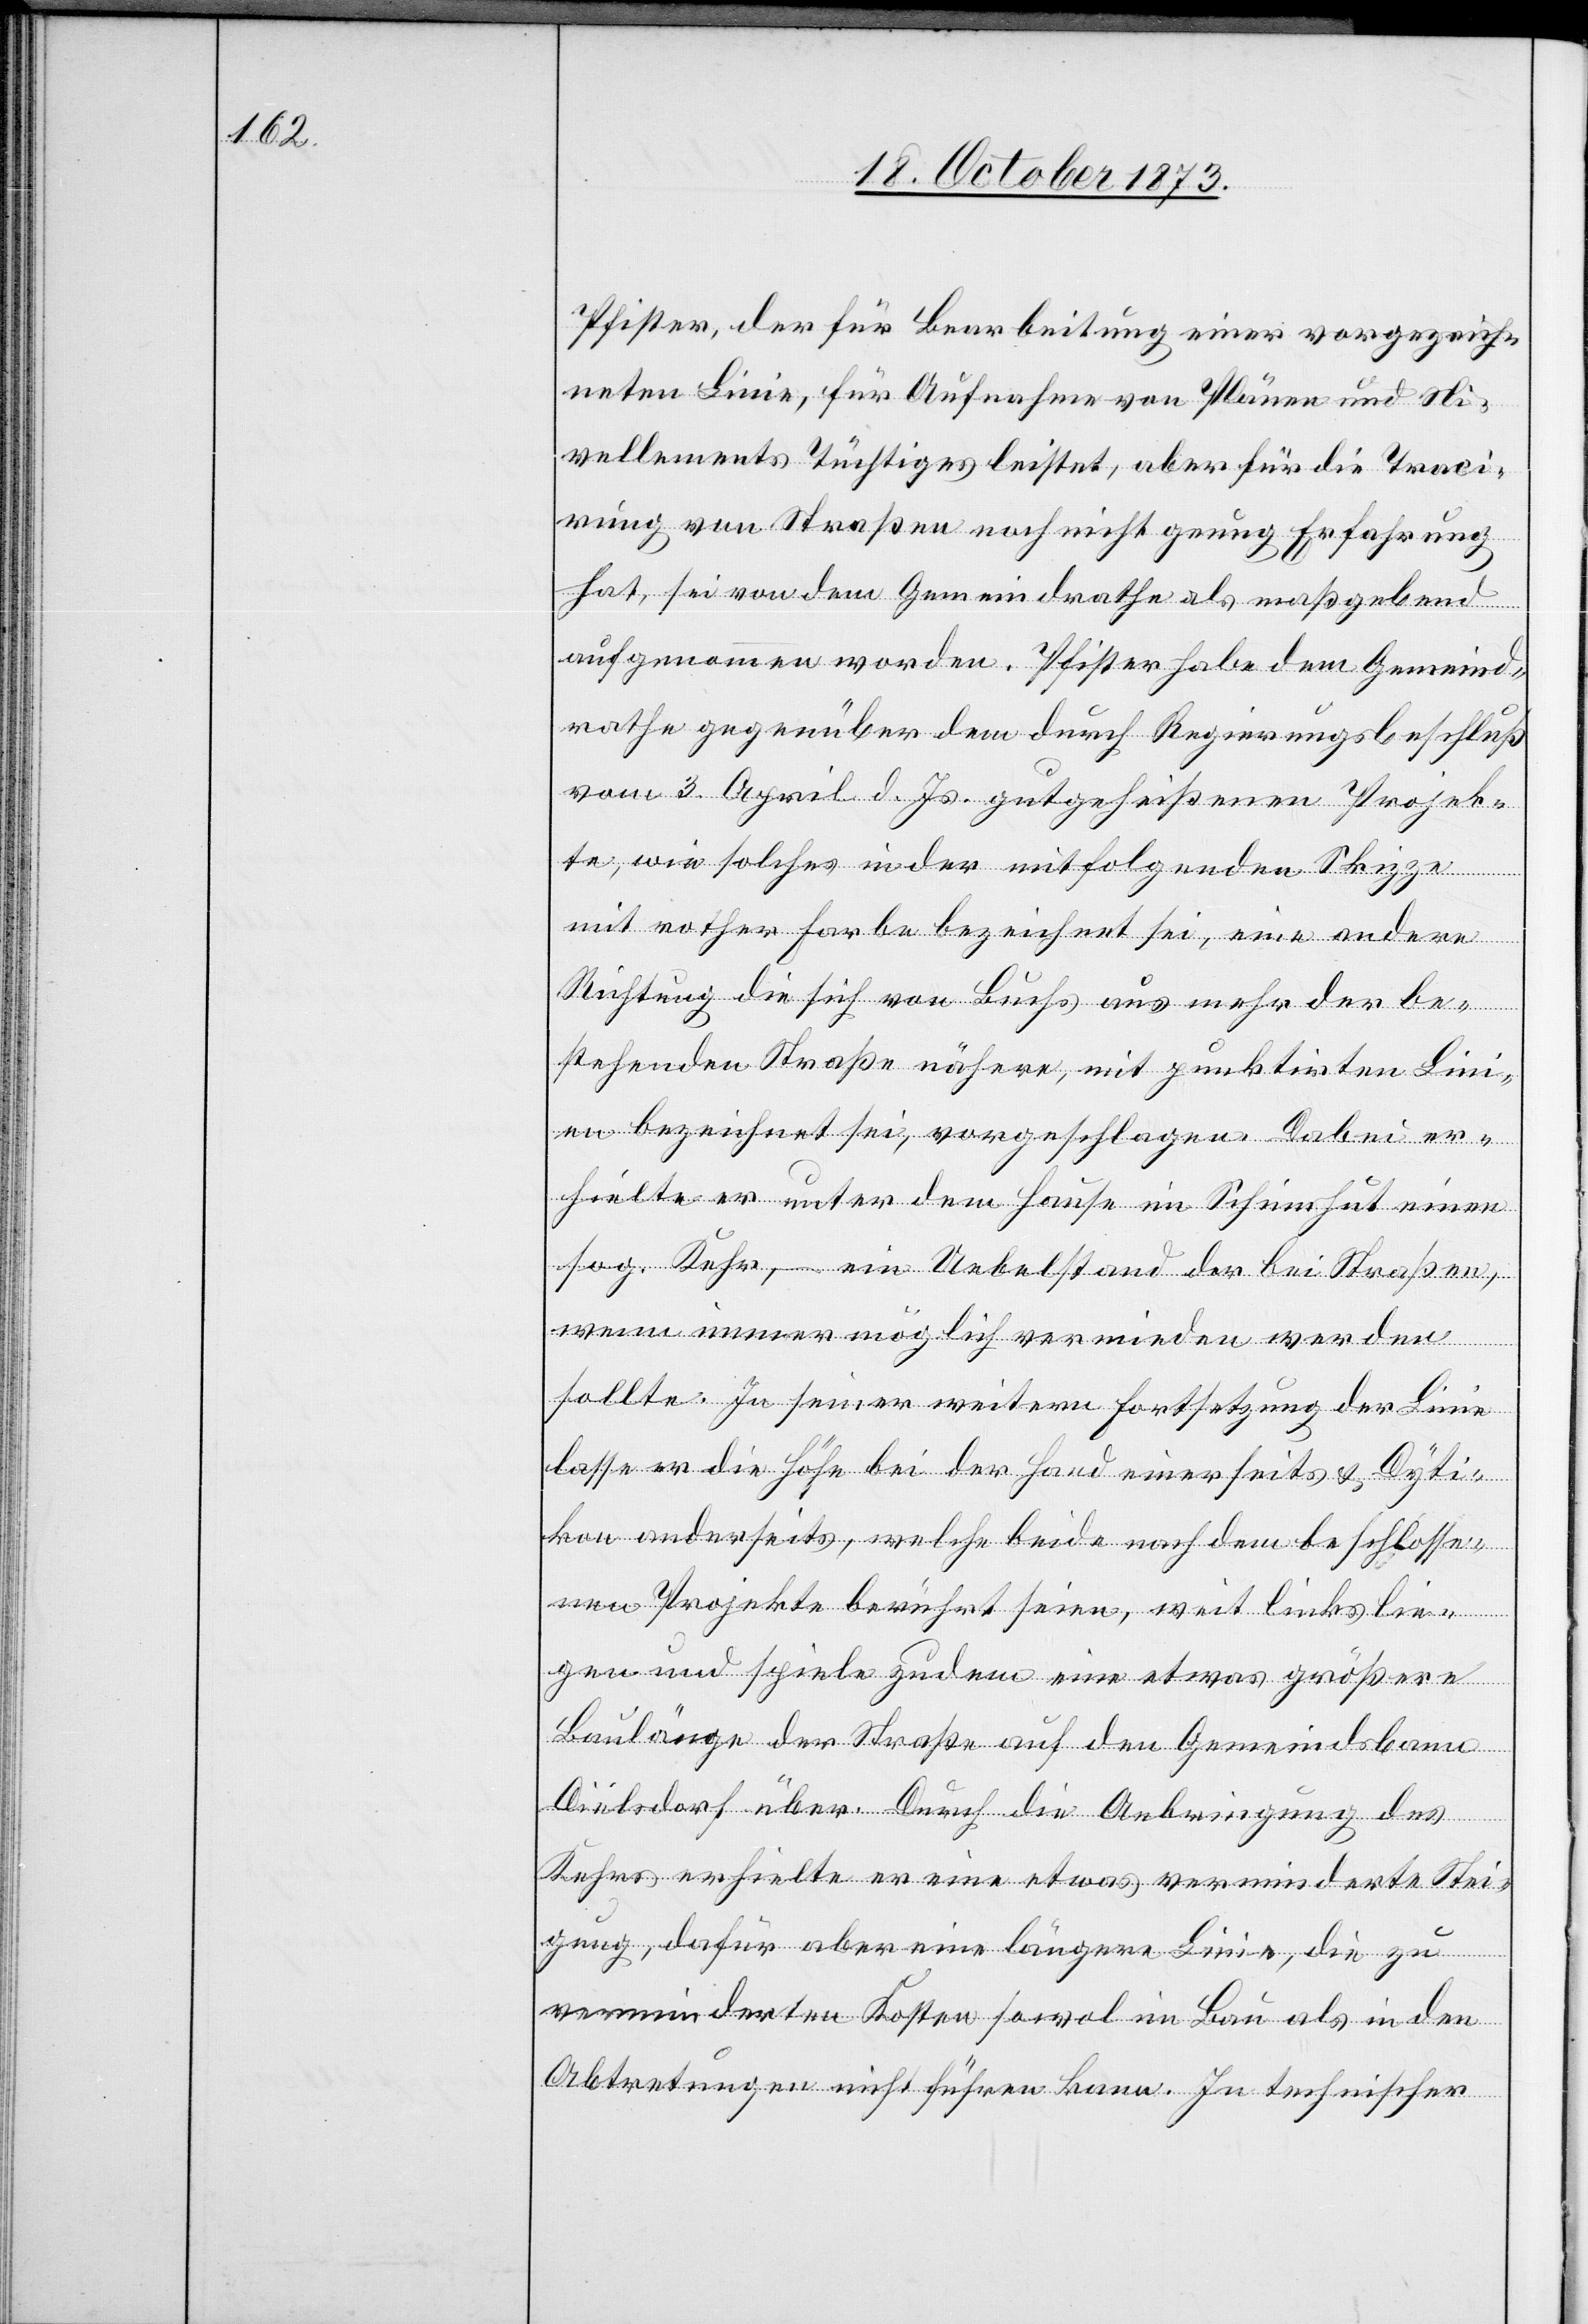
Pfister, der für Bearbeitung einer vorgezeich¬
neten Linie, für Aufnahme von Plänen und Ni¬
vellements Tüchtiges leistet, aber für die Traci¬
rung von Straßen noch nicht genug Erfahrung
hat, sei von dem Gemeindrathe als maßgebend
aufgenommen worden. Pfister habe dem Gemeind¬
rathe gegenüber dem durch Regierungsbeschluß
vom 3. April d. Js. gutgeheißenen Projek¬
te, wie solches in der mitfolgenden Skizze
mit rother Farbe bezeichnet sei, eine andere
Richtung die sich von Buchs aus mehr der be¬
stehenden Straße nähere, mit punktirten Lini¬
en bezeichnet sei, vorgeschlagen. Dabei er¬
hielte er unter dem Hause im Schinnhut einen
sog. Kehr, – ein Uebelstand der bei Straßen,
wenn immer möglich vermieden werden
sollte. In seiner weitern Fortsetzung der Linie
lasse er die Höhe bei der Hand einerseits & Dyti¬
kon anderseits, welche beide nach dem beschlosse¬
nen Projekte berührt seien, weit links lie¬
gen und spiele zudem eine etwas größere
Baulänge der Straße auf den Gemeindsbann
Dielsdorf über. Durch die Anbringung des
Kehrs erhielte er eine etwas verminderte Stei¬
gung, dafür aber eine längere Linie, die zu
verminderten Kosten sowol im Bau als in den
Abtretungen nicht führen kann. In technischer